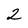
Character: 2